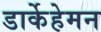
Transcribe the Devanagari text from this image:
डार्केहेमन